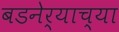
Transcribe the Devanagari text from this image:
बडनेर्‍याच्या